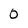
Character: 0